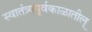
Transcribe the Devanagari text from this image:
स्वातंत्र्यपूर्वकाळातील्